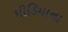
મીડિયાના